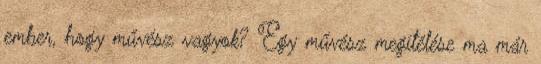
ember, hogy művész vagyok? Egy művész megítélése ma már